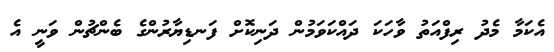
އެކަމާ މެދު ރިފްއަތު ވާހަކަ ދައްކަވަމުން ދަނިކޮށް ފަނޑިޔާރުންގެ ބެންޗުން ވަނީ އެ